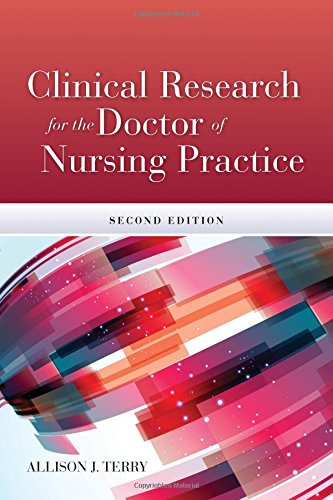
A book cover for Clinical Research For The Doctor Of Nursing Practice; Allison J. Terry; Medical Books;